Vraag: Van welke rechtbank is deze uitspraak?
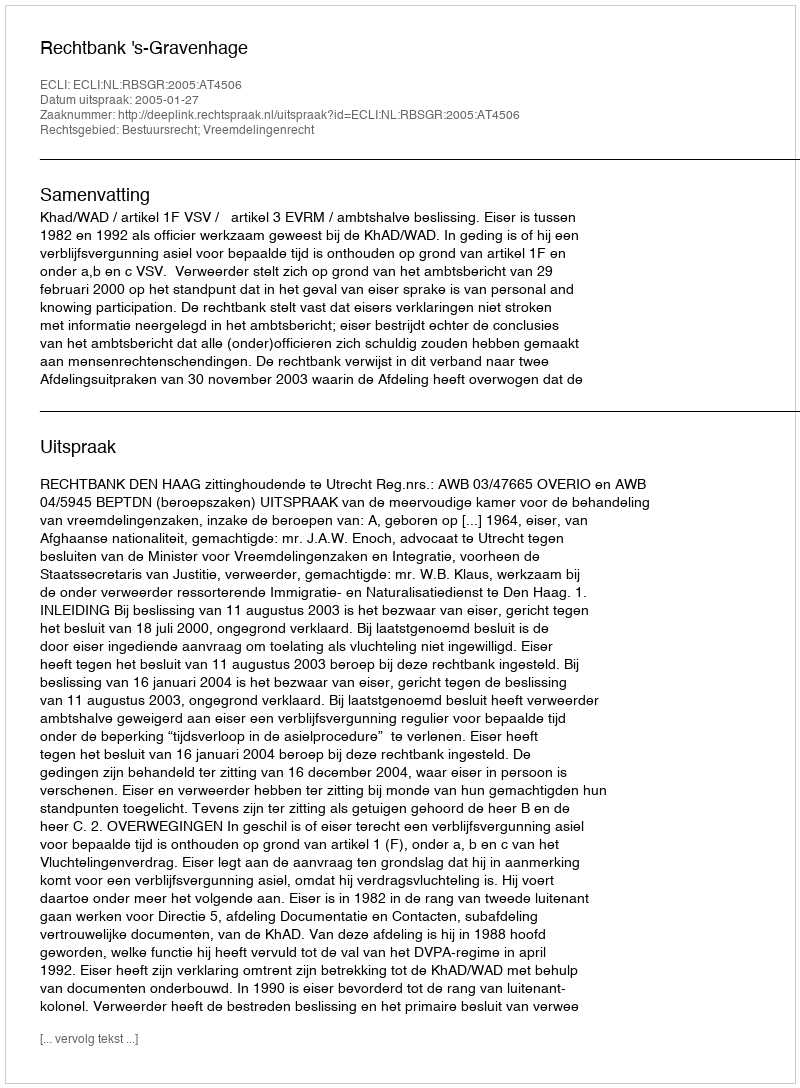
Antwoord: Rechtbank 's-Gravenhage